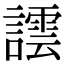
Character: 𧬞